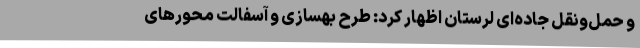
و حمل‌ونقل جاده‌ای لرستان اظهار کرد: طرح بهسازی و آسفالت محورهای